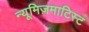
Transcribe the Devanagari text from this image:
न्यूमिज़माटिस्ट